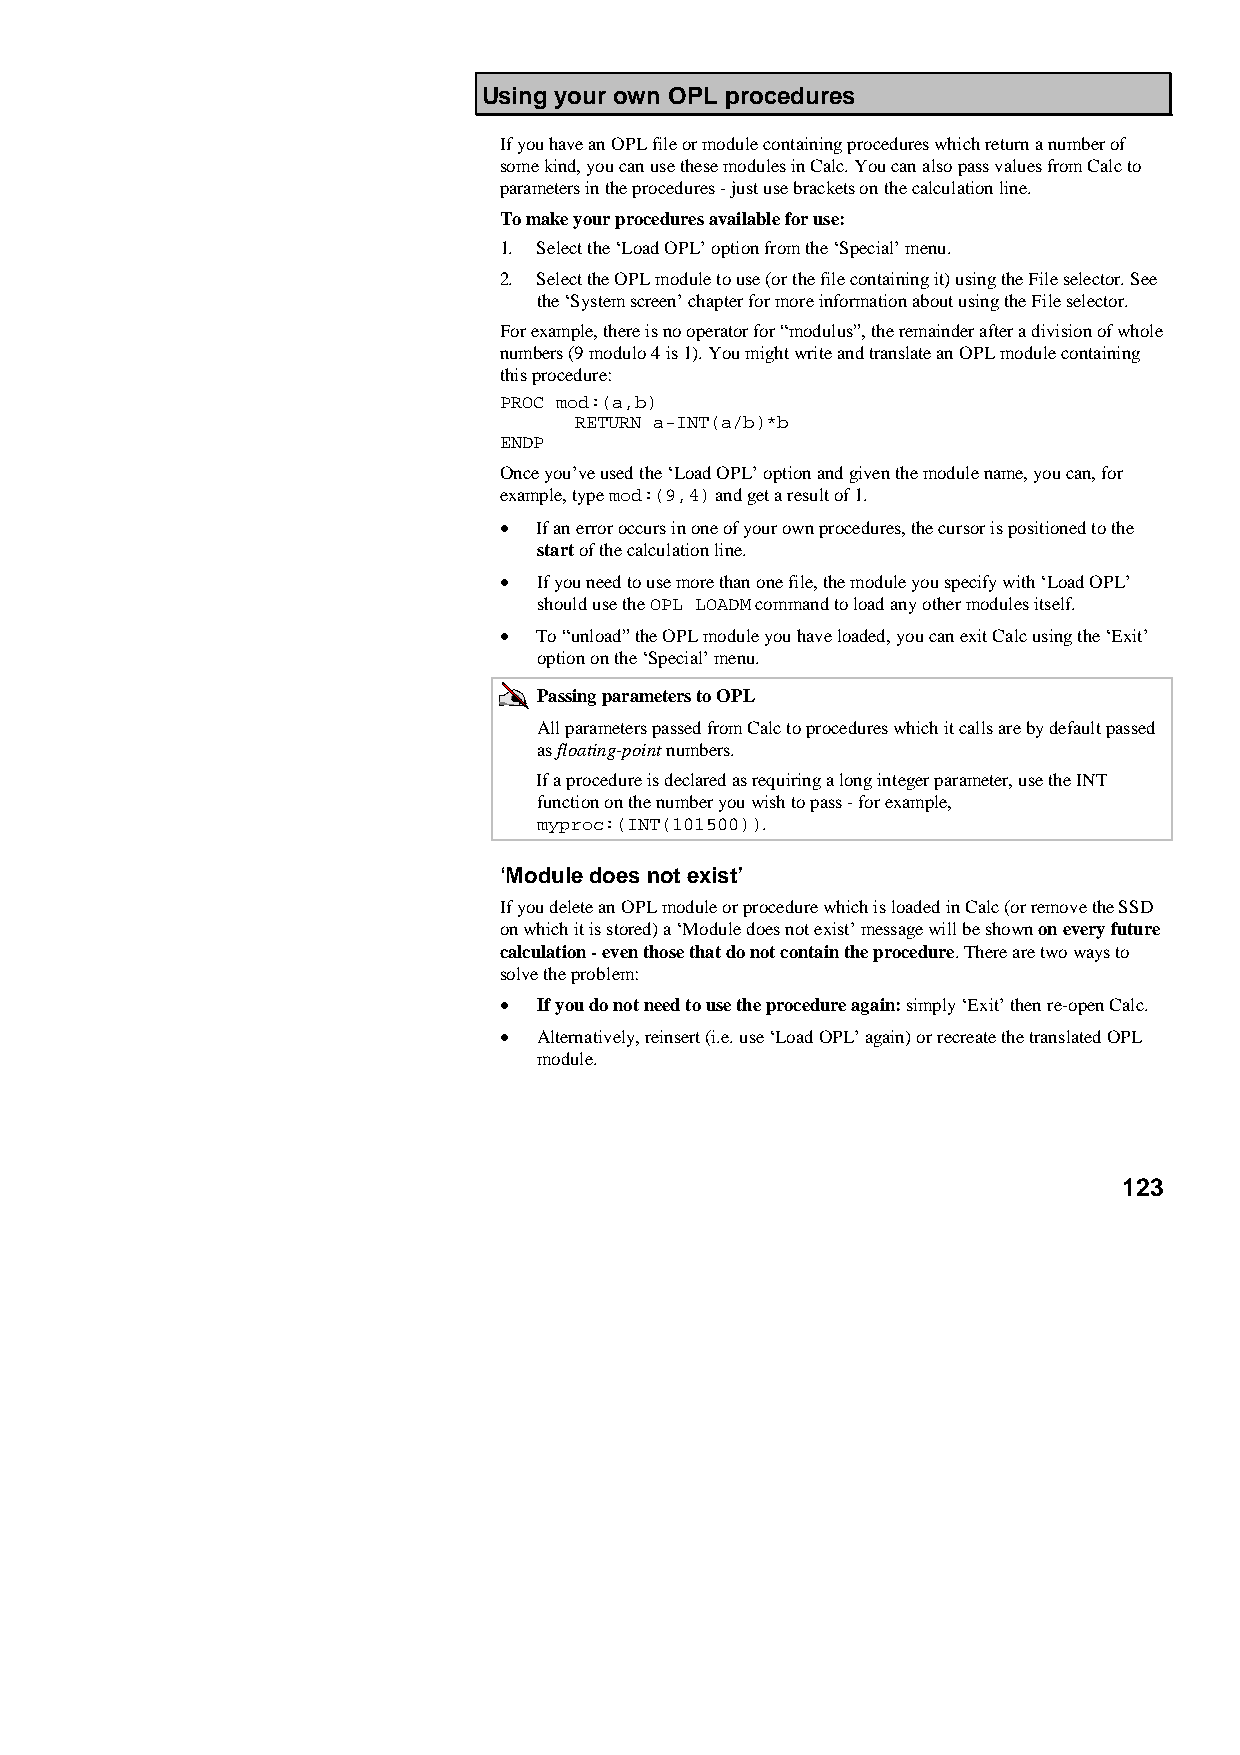
Using your own OPL procedures
 If you have an OPL file or module containing procedures which return a number of
 some kind, you can use these modules in Calc. You can also pass values from Calc to
 parameters in the procedures - just use brackets on the calculation line.
 To make your procedures available for use:
 1. Select the ‘Load OPL’ option from the ‘Special’ menu.
 2. Select the OPL module to use (or the file containing it) using the File selector. See
 the ‘System screen’ chapter for more information about using the File selector.
 For example, there is no operator for “modulus”, the remainder after a division of whole
 numbers (9 modulo 4 is 1). You might write and translate an OPL module containing
 this procedure:
 PROC mod:(a,b)
 RETURN a-INT(a/b)*b
 ENDP
 Once you’ve used the ‘Load OPL’ option and given the module name, you can, for
 example, type mod:(9,4) and get a result of 1.
 •  If an error occurs in one of your own procedures, the cursor is positioned to the
 start of the calculation line.
 •  If you need to use more than one file, the module you specify with ‘Load OPL’
 should use the OPL LOADM command to load any other modules itself.
 •  To “unload” the OPL module you have loaded, you can exit Calc using the ‘Exit’
 option on the ‘Special’ menu.
 Passing parameters to OPL
 All parameters passed from Calc to procedures which it calls are by default passed
 as floating-point numbers.
 If a procedure is declared as requiring a long integer parameter, use the INT
 function on the number you wish to pass - for example,
 myproc:(INT(101500)).
 ‘Module does not exist’
 If you delete an OPL module or procedure which is loaded in Calc (or remove the SSD
 on which it is stored) a ‘Module does not exist’ message will be shown on every future
 calculation - even those that do not contain the procedure. There are two ways to
 solve the problem:
 •  If you do not need to use the procedure again: simply ‘Exit’ then re-open Calc.
 •  Alternatively, reinsert (i.e. use ‘Load OPL’ again) or recreate the translated OPL
 module.
 123